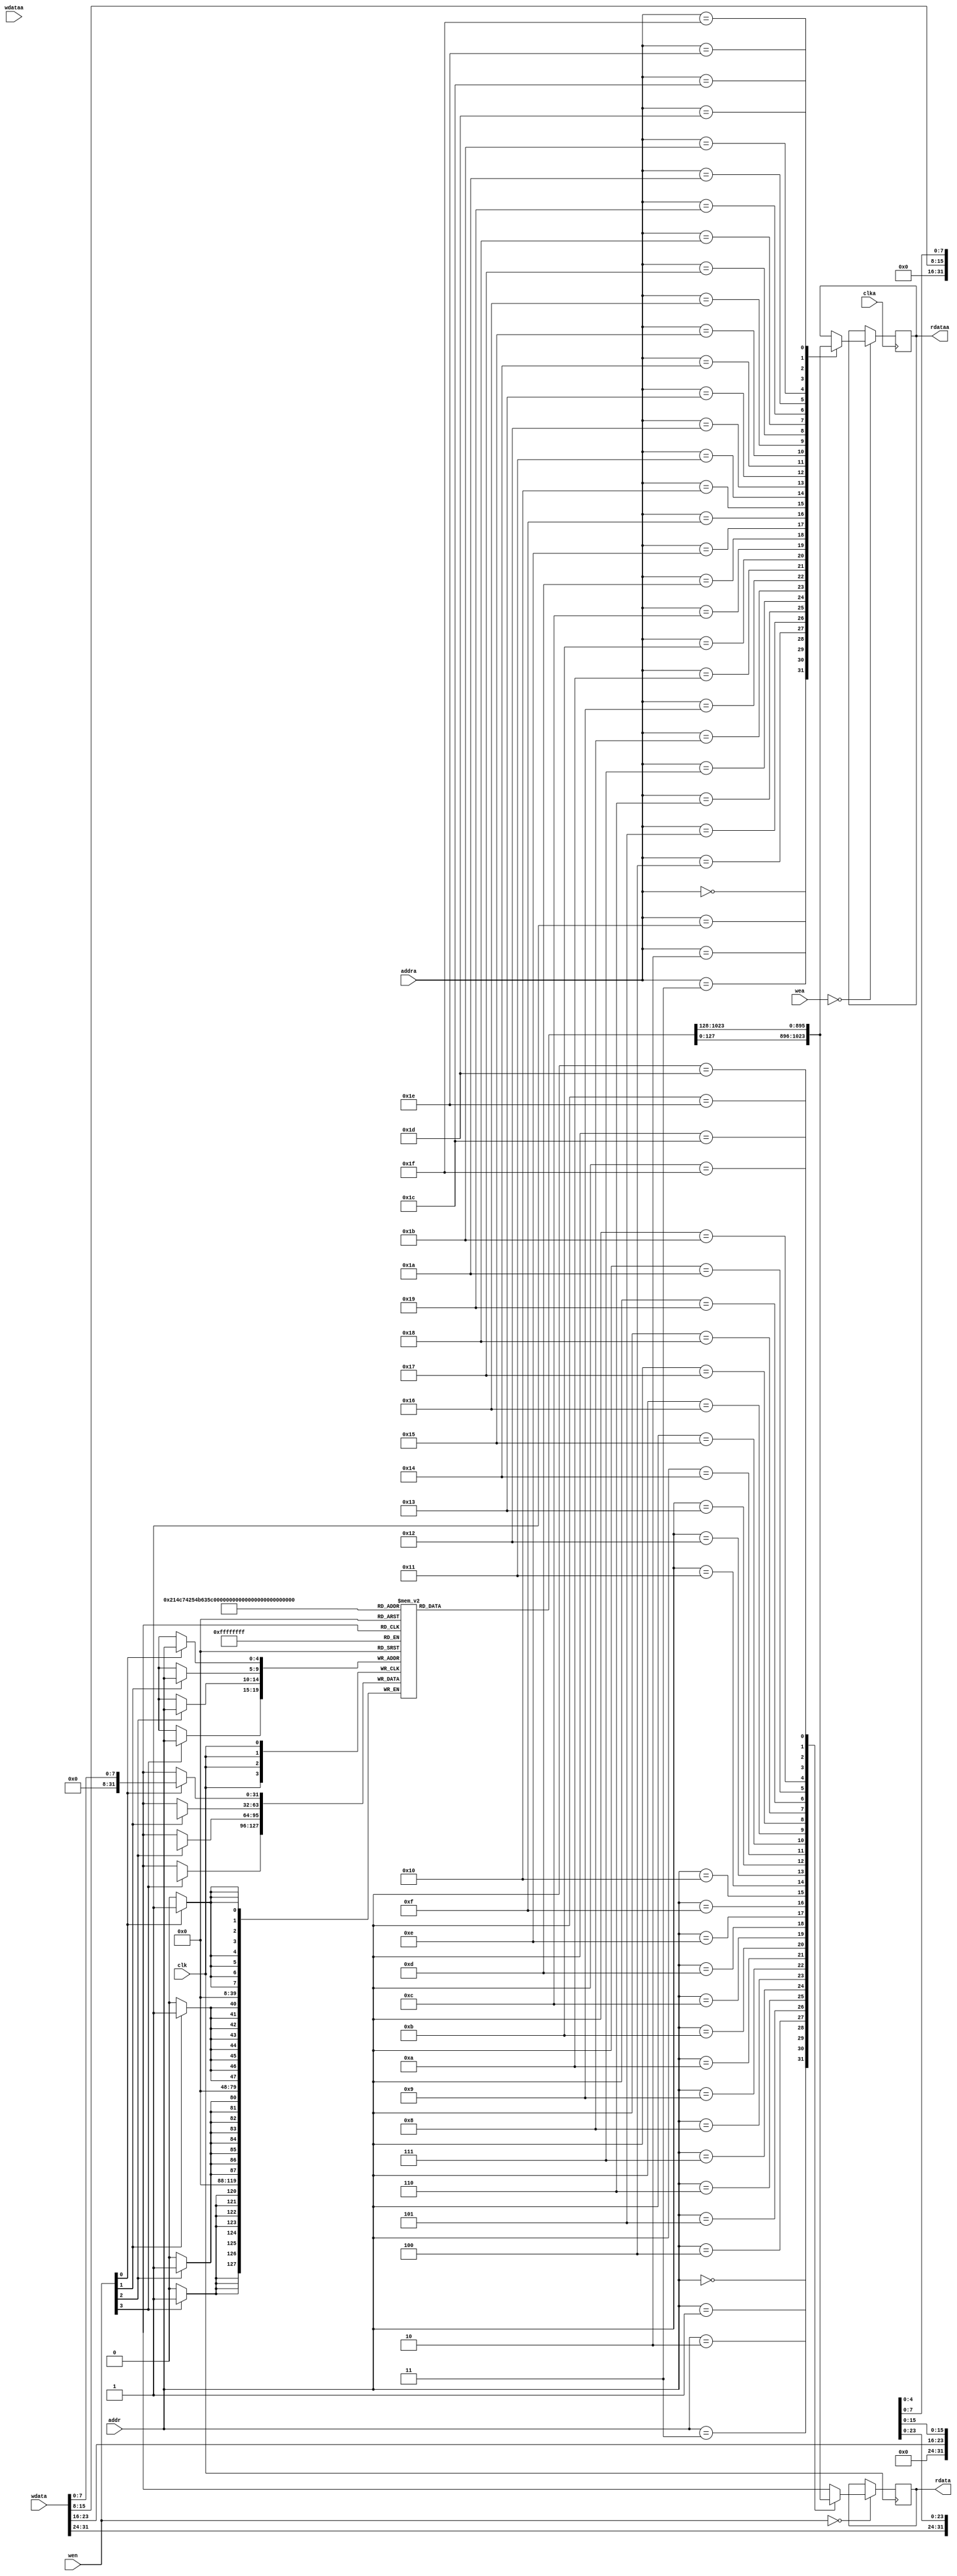
`timescale 1ns / 1ps
module data_ram (  //  
    input clk,  // 
    input [3:0] wen,  // 
    input [4:0] addr,  // 
    input [31:0] wdata,  // 
    output reg [31:0] rdata,  // 

    //
    input clka,
    input [3:0] wea,
    input [7:0] addra,
    output reg [31:0] rdataa,
    input [31:0] wdataa
    // input [4:0] test_addr,
    // output reg [31:0] test_data
);
  reg [31:0] DM[31:0];  //  7'b000_0000~7'b111_1111 32
  integer i;
  initial begin // 32:1,2,3,...,31,32
    for( i = 0; i < 32; i = i + 1)
        begin
            DM[i] = i + 1;
        end
  end

  // begin
  always @(posedge clk) begin  // 1 
    if (wen[3]) begin
      DM[addr][31:24] <= wdata[31:24];
    end
  end
  always @(posedge clk) begin
    if (wen[2]) begin
      DM[addr][23:16] <= wdata[23:16];
    end
  end
  always @(posedge clk) begin
    if (wen[1]) begin
      DM[addr][15:8] <= wdata[15:8];
    end
  end
  always @(posedge clk) begin
    if (wen[0]) begin
      DM[addr][7:0] <= wdata[7:0];
    end
  end
  //  end


  //  4 
  always @(posedge clk) begin  // 0 
    if (wen == 4'b0) begin
      case (addr)
        5'd0:  rdata <= DM[0];
        5'd1:  rdata <= DM[1];
        5'd2:  rdata <= DM[2];
        5'd3:  rdata <= DM[3];
        5'd4:  rdata <= DM[4];
        5'd5:  rdata <= DM[5];
        5'd6:  rdata <= DM[6];
        5'd7:  rdata <= DM[7];
        5'd8:  rdata <= DM[8];
        5'd9:  rdata <= DM[9];
        5'd10: rdata <= DM[10];
        5'd11: rdata <= DM[11];
        5'd12: rdata <= DM[12];
        5'd13: rdata <= DM[13];
        5'd14: rdata <= DM[14];
        5'd15: rdata <= DM[15];
        5'd16: rdata <= DM[16];
        5'd17: rdata <= DM[17];
        5'd18: rdata <= DM[18];
        5'd19: rdata <= DM[19];
        5'd20: rdata <= DM[20];
        5'd21: rdata <= DM[21];
        5'd22: rdata <= DM[22];
        5'd23: rdata <= DM[23];
        5'd24: rdata <= DM[24];
        5'd25: rdata <= DM[25];
        5'd26: rdata <= DM[26];
        5'd27: rdata <= DM[27];
        5'd28: rdata <= DM[28];
        5'd29: rdata <= DM[29];
        5'd30: rdata <= DM[30];
        5'd31: rdata <= DM[31];
      endcase
    end
  end


  // 
  always @(posedge clka) begin
    if (wea == 4'b0) begin
      case (addra)
        5'd0:  rdataa <= DM[0];
        5'd1:  rdataa <= DM[1];
        5'd2:  rdataa <= DM[2];
        5'd3:  rdataa <= DM[3];
        5'd4:  rdataa <= DM[4];
        5'd5:  rdataa <= DM[5];
        5'd6:  rdataa <= DM[6];
        5'd7:  rdataa <= DM[7];
        5'd8:  rdataa <= DM[8];
        5'd9:  rdataa <= DM[9];
        5'd10: rdataa <= DM[10];
        5'd11: rdataa <= DM[11];
        5'd12: rdataa <= DM[12];
        5'd13: rdataa <= DM[13];
        5'd14: rdataa <= DM[14];
        5'd15: rdataa <= DM[15];
        5'd16: rdataa <= DM[16];
        5'd17: rdataa <= DM[17];
        5'd18: rdataa <= DM[18];
        5'd19: rdataa <= DM[19];
        5'd20: rdataa <= DM[20];
        5'd21: rdataa <= DM[21];
        5'd22: rdataa <= DM[22];
        5'd23: rdataa <= DM[23];
        5'd24: rdataa <= DM[24];
        5'd25: rdataa <= DM[25];
        5'd26: rdataa <= DM[26];
        5'd27: rdataa <= DM[27];
        5'd28: rdataa <= DM[28];
        5'd29: rdataa <= DM[29];
        5'd30: rdataa <= DM[30];
        5'd31: rdataa <= DM[31];
      endcase
    end
  end
endmodule